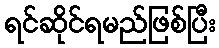
ရင်ဆိုင်ရမည်ဖြစ်ပြီး